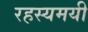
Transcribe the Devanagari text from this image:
रहस्‍यमयी